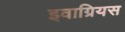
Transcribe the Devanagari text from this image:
इवाग्रियस